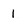
Character: 1